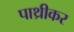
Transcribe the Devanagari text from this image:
पाथ्रीकर